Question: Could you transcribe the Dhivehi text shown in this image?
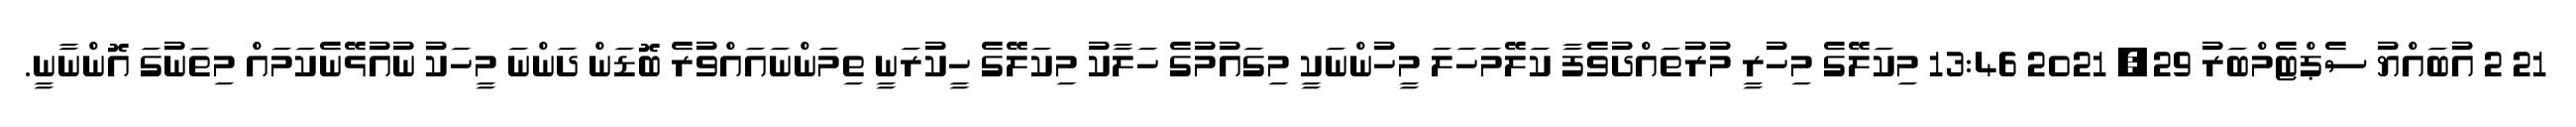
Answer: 21 2 އުބައްޔު ސެޕްޓެމްބަރު 29, 2021 13:46 މިކަލޭގެ މިހުރީ މުރުތައްދުވެފާ ކަލޭމަހަލަ މީހުންނަކީ މިގައުމުގެ ހަލާކު މިކަލޭގެ ހީކުރަނީ ތިމަންނައައްވުރެ ބޮޑަން ދަންނަ މީހަކު ނުއުޅޭނެކަމައް މިތަނުގަ އޮންނާނީ.